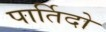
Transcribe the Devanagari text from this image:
पार्तिदो